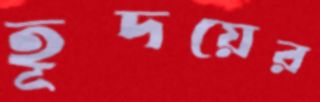
হূদয়ের